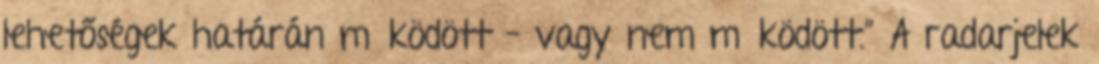
lehetőségek határán működött – vagy nem működött.” A radarjelek